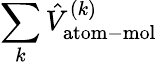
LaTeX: \sum_{k}\hat{V}_{\mathrm{atom-mol}}^{(k)}